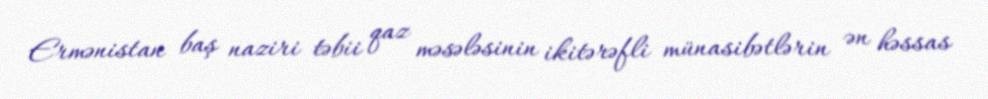
Ermənistan baş naziri təbii qaz məsələsinin ikitərəfli münasibətlərin ən həssas